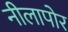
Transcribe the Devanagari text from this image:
नीलापोर